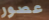
عصور